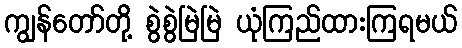
ကျွန်တော်တို့ စွဲစွဲမြဲမြဲ ယုံကြည်ထားကြရမယ်